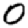
Digit: 0